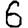
Digit: 6